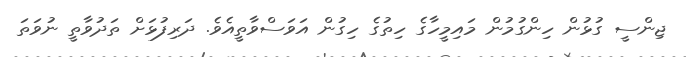
ޖިންސީ ގުޅުން ހިންގުމުން މައިމީހާގެ ހިތުގެ ހިގުން އަވަސްވާތީއެވެ. ދަރިފުޅަށް ތަދުވާތީ ނުވަތަ